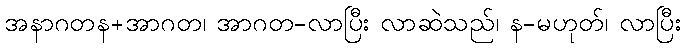
အနာဂတန+အာဂတ၊ အာဂတ-လာပြီး လာဆဲသည်၊ န-မဟုတ်၊ လာပြီး